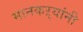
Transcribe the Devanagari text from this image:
मानकऱ्यांनी